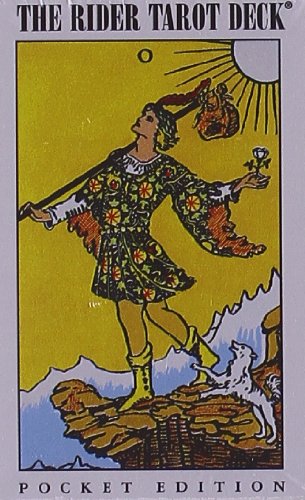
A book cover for Pocket Rider Waite Tarot; Arthur Edward Waite; Humor & Entertainment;